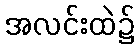
အလင်းထဲ၌